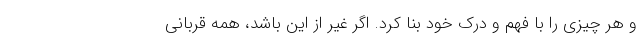
و هر چیزی را با فهم و درک خود بنا کرد. اگر غیر از این باشد، همه قربانی